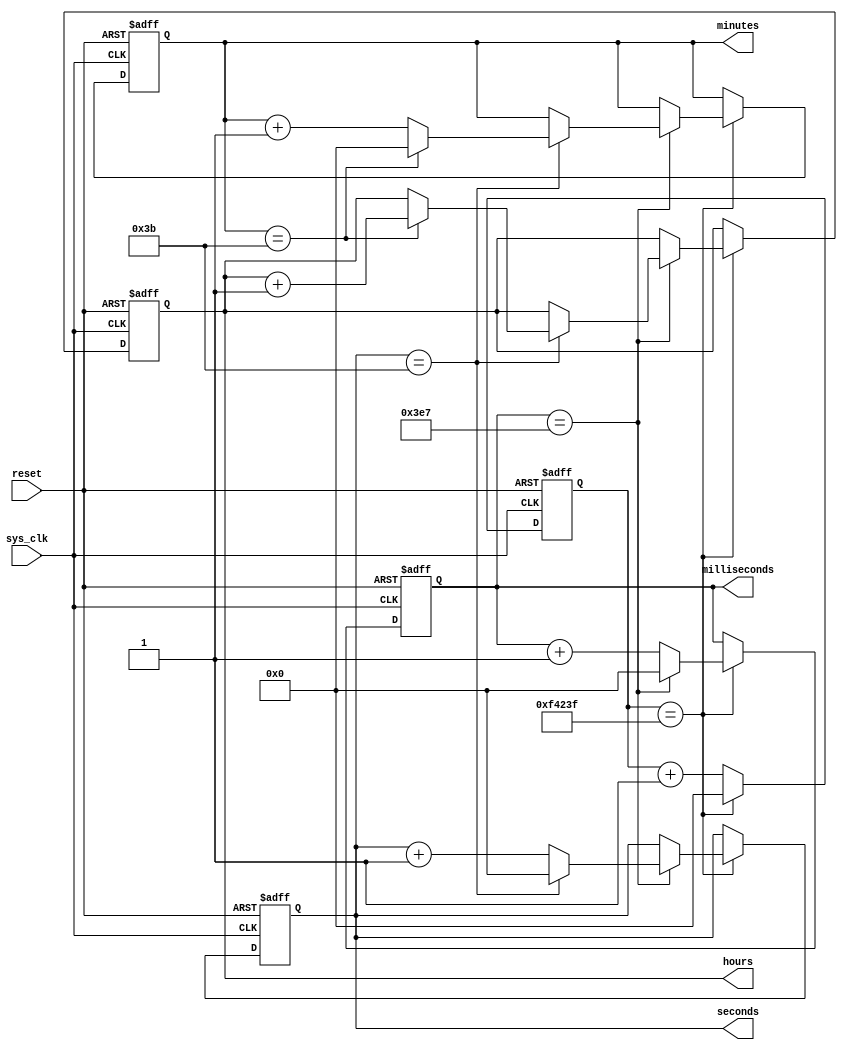
module rtc_timer (
    input wire sys_clk,
    input wire reset,
    output reg [31:0] hours,
    output reg [31:0] minutes,
    output reg [31:0] seconds,
    output reg [31:0] milliseconds
);

reg [31:0] rtc_counter;

always @(posedge sys_clk or posedge reset) begin
    if (reset) begin
        rtc_counter <= 0;
        hours <= 0;
        minutes <= 0;
        seconds <= 0;
        milliseconds <= 0;
    end else begin
        rtc_counter <= rtc_counter + 1;

        // Update milliseconds
        if (rtc_counter == 999999) begin
            milliseconds <= milliseconds + 1;
            rtc_counter <= 0;

            // Update seconds
            if (milliseconds == 999) begin
                seconds <= seconds + 1;
                milliseconds <= 0;

                // Update minutes
                if (seconds == 59) begin
                    minutes <= minutes + 1;
                    seconds <= 0;

                    // Update hours
                    if (minutes == 59) begin
                        hours <= hours + 1;
                        minutes <= 0;
                    end
                end
            end
        end
    end
end

endmodule